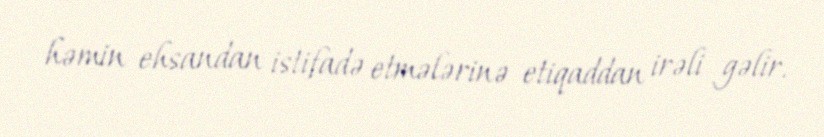
həmin ehsandan istifadə etmələrinə etiqaddan irəli gəlir.